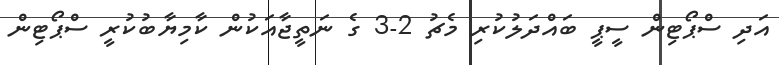
އަދި ސްޕޯޓިން ސީޕީ ބައްދަލުކުރި މެޗު 2-3 ގެ ނަތީޖާއަކުން ކާމިޔާބުކުރީ ސްޕޯޓިން